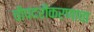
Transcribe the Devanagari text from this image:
चौपदरीकरणाचा